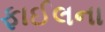
ફાઈલના